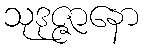
သုဒုဇ္ဇာနော